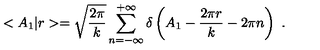
< A _ { 1 } | r > = \sqrt { \frac { 2 \pi } { k } } \sum _ { n = - \infty } ^ { + \infty } \delta \left( A _ { 1 } - \frac { 2 \pi r } { k } - 2 \pi n \right) \ .